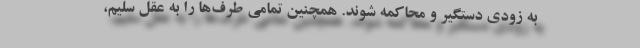
به ‌زودی دستگیر و محاکمه شوند. همچنین تمامی طرف‌ها را به عقل سلیم،